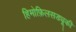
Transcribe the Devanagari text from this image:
हिमोफ़िलसड्यूकी